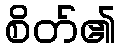
စိတ်၏